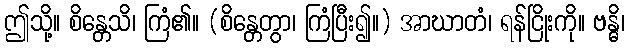
ဤသို့။ စိန္တေသိ၊ ကြံ၏။ (စိန္တေတွာ၊ ကြံပြီး၍။) အာဃာတံ၊ ရန်ငြိုးကို။ ဗန္ဓိ၊